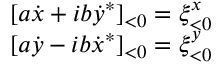
\begin{array} { c } { { { [ } a \dot { x } + i b \dot { y } ^ { * } { ] } _ { < 0 } = \xi _ { < 0 } ^ { x } } } \\ { { { [ } a \dot { y } - i b \dot { x } ^ { * } { ] } _ { < 0 } = \xi _ { < 0 } ^ { y } } } \end{array}